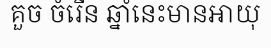
គួច ចំរើន ឆ្នាំនេះមានអាយុ